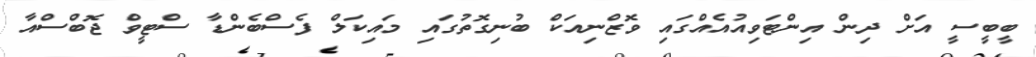
ބީބީސީ އަށް ދިން އިންޓަވިއުއެއްގައި ވޮޒްނިއަކް ބުނިގޮތުގައި މައިކަލް ފެސްބެންޑާ ސްޓީވް ޖޮބްސްއާ